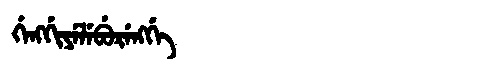
Manchu: ᡤᡝᠩᡤᡳᠶᡝᠯᡝᠪᡠᡵᡝᠩᡤᡝ
Romanization: GENGGIYELEBURENGGE